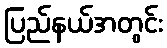
ပြည်နယ်အတွင်း